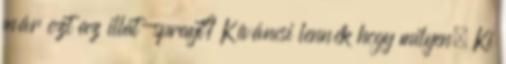
már ezt az illat-sprayt? Kíváncsi lennék hogy milyen. Ki